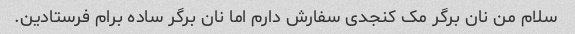
سلام من نان برگر مک کنجدی سفارش دارم اما نان برگر ساده برام فرستادین.